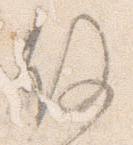
故